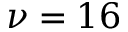
\nu = 1 6